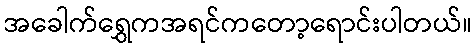
အခေါက်ရွှေကအရင်ကတော့ရောင်းပါတယ်။